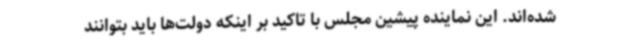
شده‌اند. این نماینده پیشین مجلس با تاکید بر اینکه دولت‌ها باید بتوانند